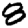
Digit: 8